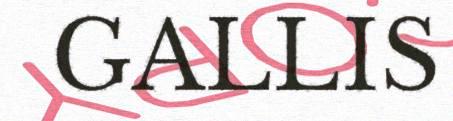
GALLIS